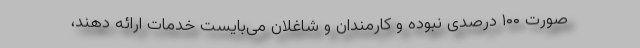
صورت ۱۰۰ درصدی نبوده و کارمندان و شاغلان می‌بایست خدمات ارائه دهند،